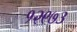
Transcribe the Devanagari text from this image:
१२९७३